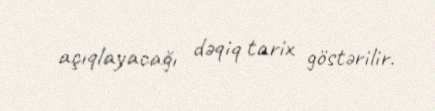
açıqlayacağı dəqiq tarix göstərilir.